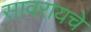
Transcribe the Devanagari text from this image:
सावरायचे